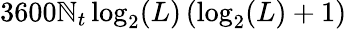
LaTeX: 3600\mathbb{N}_{t}\log_{2}(L)\left(\log_{2}(L)+1\right)